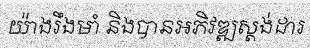
យ៉ាងរឹងមាំ និងបានអភិវឌ្ឍស្តង់ដារ